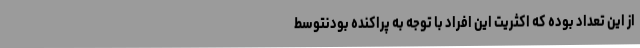
از این تعداد بوده که اکثریت این افراد با توجه به پراکنده بودنتوسط